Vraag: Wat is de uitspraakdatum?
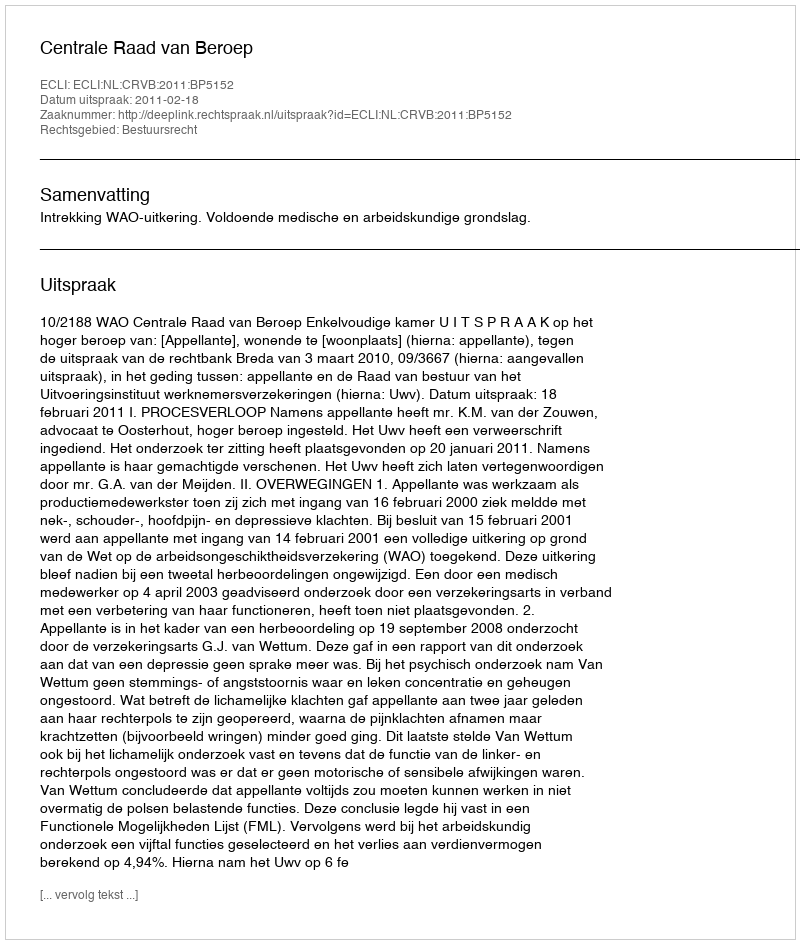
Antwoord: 2011-02-18